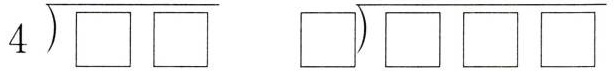
$$\longdiv { 4 } { \Box \Box }$$ $$\longdiv { \Box } { \Box \Box \Box }$$